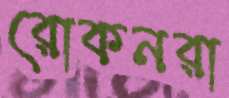
রোকনরা